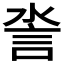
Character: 𧥿